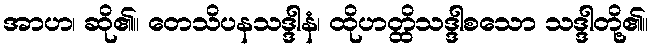
အာဟ၊ ဆို၏။ တေသိပနသဒ္ဒါနံ၊ ထိုဟတ္ထိသဒ္ဒါစသော သဒ္ဒါတို့၏။